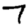
Digit: 7